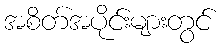
အစိတ်အပိုင်းများတွင်